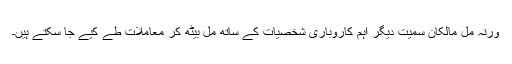
ورنہ مل مالکان سمیت دیگر اہم کاروباری شخصیات کے ساتھ مل بیٹھ کر معاملات طے کیے جا سکتے ہیں۔